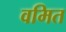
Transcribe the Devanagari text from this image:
वमित